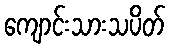
ကျောင်းသားသပိတ်